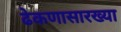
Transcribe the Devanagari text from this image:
ढेकणासारख्या